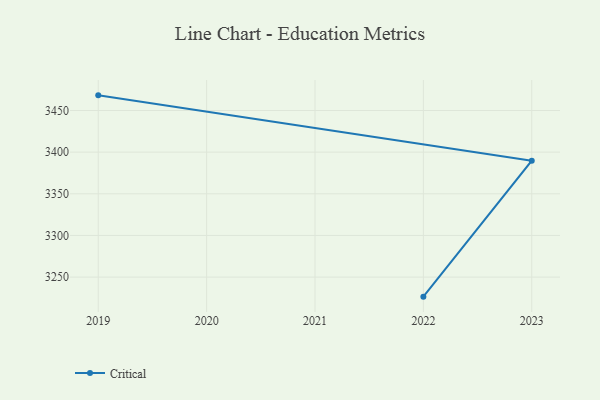
{"axis": {"x": "Year", "y": "Customer Acquisition Cost (USD)"}, "legend": ["Critical"], "data": [{"x": "2022", "y": 3226.5, "type": "Critical"}, {"x": "2023", "y": 3389.8, "type": "Critical"}, {"x": "2019", "y": 3468.2, "type": "Critical"}]}